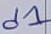
Text: d1